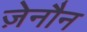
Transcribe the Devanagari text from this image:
ज़ेनौन